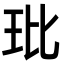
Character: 玭